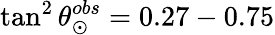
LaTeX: \tan^{2}\theta_{\odot}^{obs}=0.27-0.75